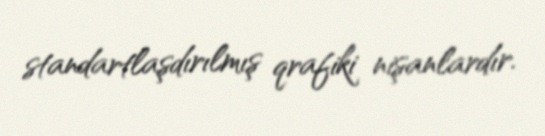
standartlaşdırılmış qrafiki nişanlardır.